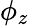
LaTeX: \phi_{z}